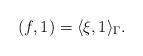
LaTeX: \begin{align*}(f, 1) =\langle \xi, 1\rangle_\Gamma.\end{align*}